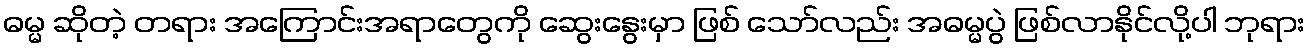
ဓမ္မ ဆိုတဲ့ တရား အကြောင်းအရာတွေကို ဆွေးနွေးမှာ ဖြစ် သော်လည်း အဓမ္မပွဲ ဖြစ်လာနိုင်လို့ပါ ဘုရား